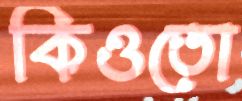
কিওতো